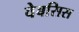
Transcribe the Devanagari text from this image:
वेबसिस